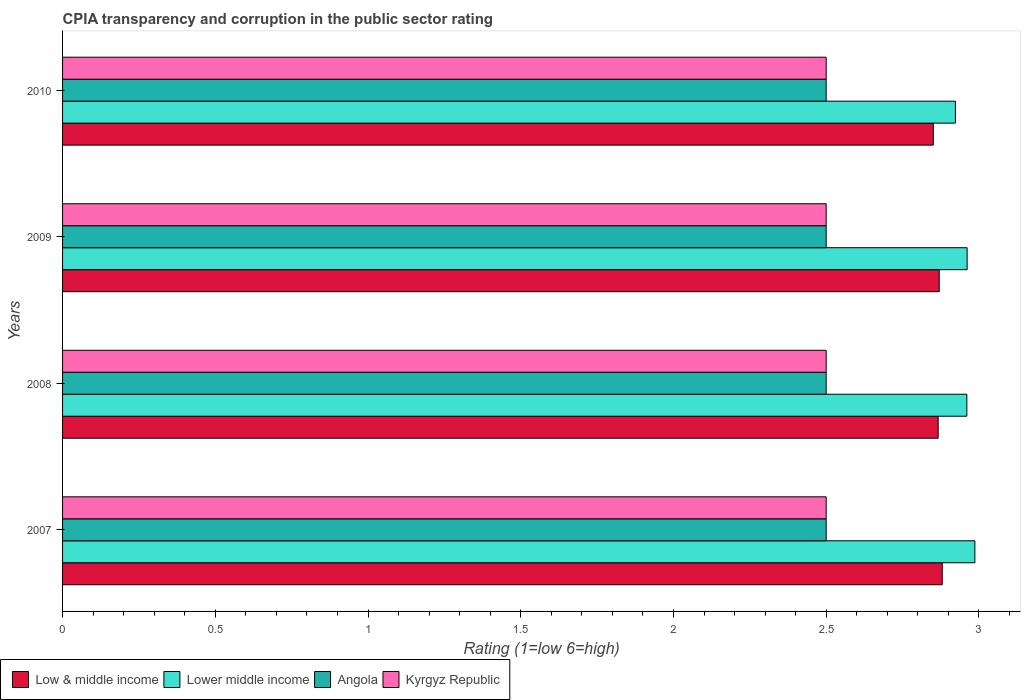
| Years | Low & middle income | Lower middle income | Angola | Kyrgyz Republic |
 | --- | --- | --- | --- | --- |
 | 2007 | 2.88 | 2.99 | 2.5 | 2.5 |
 | 2008 | 2.87 | 2.96 | 2.5 | 2.5 |
 | 2009 | 2.87 | 2.96 | 2.5 | 2.5 |
 | 2010 | 2.85 | 2.92 | 2.5 | 2.5 |